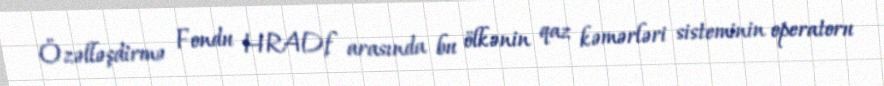
Özəlləşdirmə Fondu HRADf arasında bu ölkənin qaz kəmərləri sisteminin operatoru